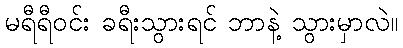
မရီရီဝင်း ခရီးသွားရင် ဘာနဲ့ သွားမှာလဲ။